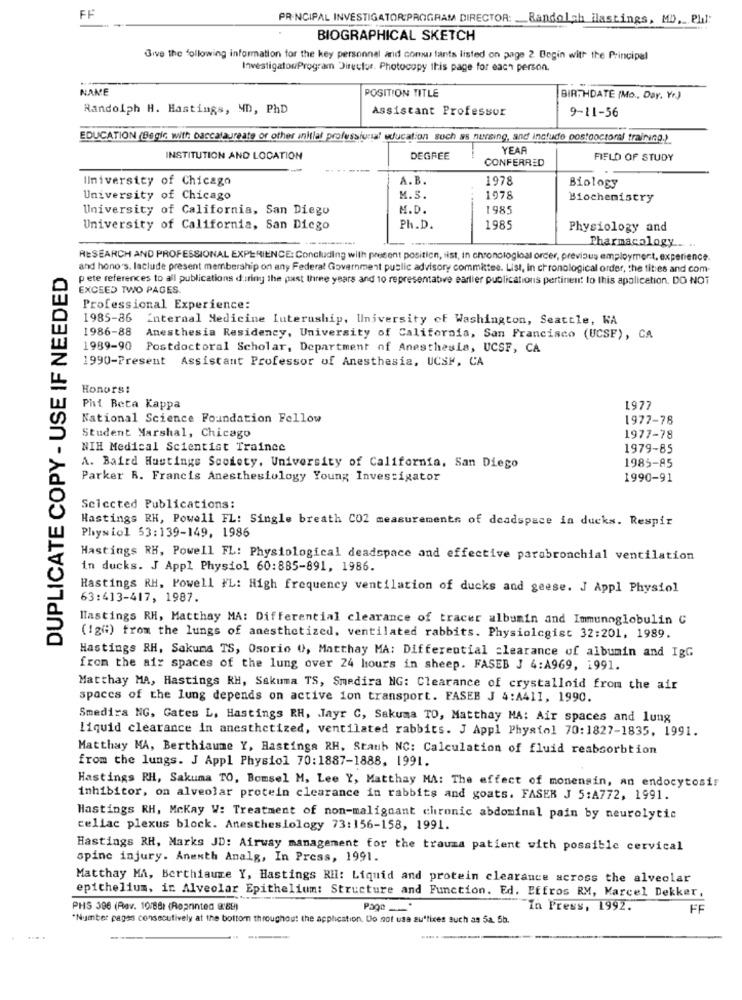
FF
PRINCIPAL INVESTIGATOR:PROGRAM DIRECTOR: __ Bandolch_ilastings, MD ,_ Plil:
BIOGRAPHICAL SKETCH
Give the following information for the key personnel and comuy fants listed on page 2. Begin with the Principal
InvestigatorProgram Director. Photocopy this page for each person.
NAME
POSITION TITLE
BIRTHDATE (Mo ., Day, Yr)
Randolph H. Hastings, MD, PhD
Assistant Professor
9-11-56
EDUCATION (Begic with baccalaureate or other initial professional education such as nursing, and include postooctoral training.)
YEAR
INSTITUTION AND LOCATION
DEGREE
CONFERRED
FIELD OF STUDY
Ilniversity of Chicago
A.B.
1978
Biology
University of Chicago
M. S.
1978
Biochemistry
University of California, San Diego
M.D.
1985
University of California, San Diego
Ph.D.
1985
Physiology and
Pharmacology ...
RESEARCH AND PROFESSIONAL EXPERIENCE: Concluding with present position, ist, in chronological order, previous employment, experience.
DUPLICATE COPY - USE IF NEEDED
and hono's. laclude present membership on any Federal Government public advisory committee. List, in chronological order, the tities and com-
pete references to all publications during the past three years and 10 representative earlier publications pertinent to this apolicetion. DO NOT
EXCEED TWO PAGES
Professional Experience:
1985-86 Internal Medicine Iuteruship, University of Washington, Seattle, WA
1986-88
Anesthesia Residency, University of California, San Francisco (UCSF), CA
1989-90 Postdoctoral Scholar, Department of Anesthesia, UCSF, CA
1990-Present Assistant Professor of Anesthesia, UCSM, CA
Honors:
Phi Beta Kappa
1977
National Science Foundation Fellow
1977-78
Student Marshal, Chicago
1977-78
NIH Medical Scientist Trainee
1979-85
A. Baird Hastings Society. University of California, San Diego
1985-85
Parker R. Francis Anesthesiology Young Investigator
1990-91
Selected Publications:
Hastings RH, Powell FL: Single breath CO2 measurements of deadspace in ducks. Respir
Physiol 53:139-149, 1986
Hastings RH, Powell FL: Physiological deadspace and effective parabronchial ventilation
in ducks. J Appl Physiol 60:885-891, 1986.
Hastings RH, Powell #L: High frequency ventilation of ducks and geese. J Appl Physiol
63:413-417, 1987.
Hastings RH, Matthay MA: Differential clearance of tracer albumin and Immunoglobulin C
(12":) from the lungs of anesthetized, ventilated rabbits. Physiologist 32:201. 1989.
Hastings RH, Sakuna TS, Osorio 0, Matthay MA: Differential clearance of albumin and IgG
from the air spaces of the lung over 24 hours in sheep. FASEB J 4:A969, 1991.
Matthay MA, Hastings RH, Sakuma TS, Smedira NG: Clearance of crystalloid from the air
spaces of the lung depends on active ion transport. FASEB J 4:A411, 1990.
Smedira NG, Gates L, Hastings RH, Jayr C, Sakuma TO, Matthay MA: Air spaces and lung
Liquid clearance in anesthetized, ventilated rabbits. J Appl Physiol 70:1827-1835, 1991.
Matthay MA, Berthiaume Y, Hastings RH, Staub NC: Calculation of fluid reabsorbtion
from the lungs. J Appl Physiol 70:1887-1888, 1991.
Hastings RH, Sakuma TO, Bomsel M, Lee Y, Matthay MA: The effect of monensin, an endocytosis
inhibitor, on alveolar protein clearance in rabbits and goats. FASER J 5:A772, 1991.
Hastings RH, Mckay W: Treatment of non-malignant chronic abdominal pain by neurolytic
celiac plexus block. Anesthesiology 73:156-158, 1991.
Hastings RH, Marks JD: Airway management for the trauma patient with possible cervical
spine injury. Anenth Analg, In Press, 1991.
Matthay MA, Berthiaure Y, Hastings Ril: Liquid and protein clearance across the alveolar
epithelium, in Alveolar Epithelium: Structure and Function. Ed. Pffros RM, Marcel Dekker,
PHS 396 (Rev. 10/88) (Reprinted 9:59)
Pago
In Press, 1992.
FF
"Number pages consecutively at the bottom throughout the application. Do not use suffixes such as 5a. 5b.